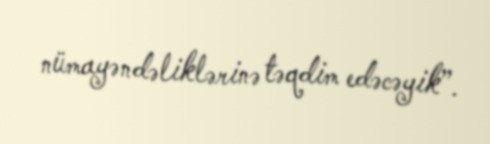
nümayəndəliklərinə təqdim edəcəyik”.